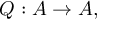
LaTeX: Q : { \cal A } \rightarrow { \cal A } , \; \; \; \; \;